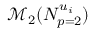
\mathscr { M } _ { 2 } ( N _ { p = 2 } ^ { u _ { i } } )